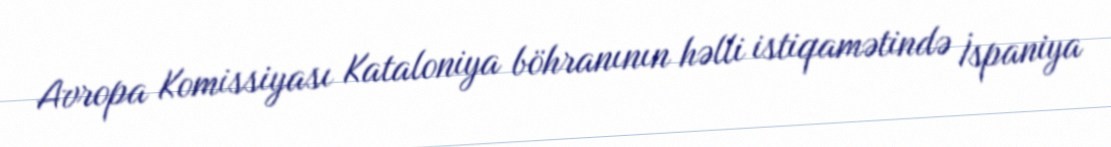
Avropa Komissiyası Kataloniya böhranının həlli istiqamətində İspaniya